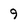
Character: 9